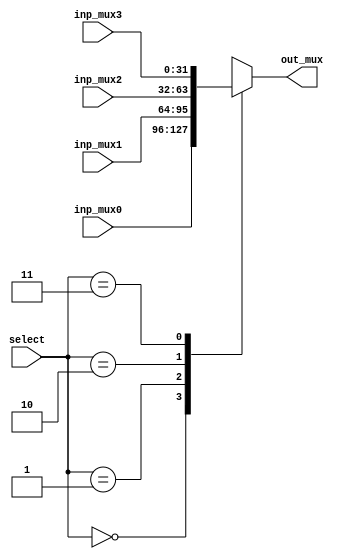
module multiplexer4to1 #(parameter W = 32)
  (	
	input [W-1:0] inp_mux0, 
	input [W-1:0] inp_mux1, 
	input [W-1:0] inp_mux2, 
	input [W-1:0] inp_mux3, 
	input [1:0] select, 
	output reg [W-1:0] out_mux
  );

	always @(*)
	begin
		case (select)
			2'b00: out_mux = inp_mux0;
			2'b01: out_mux = inp_mux1;
			2'b10: out_mux = inp_mux2;
			2'b11: out_mux = inp_mux3;
		endcase
	end

endmodule